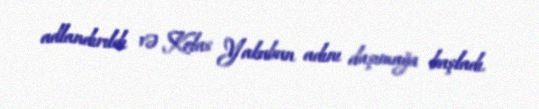
adlandırıldı və Kolas Yakubun adını daşımağa başladı.